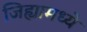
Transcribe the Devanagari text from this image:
जिह्यामध्ये